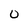
Character: 0